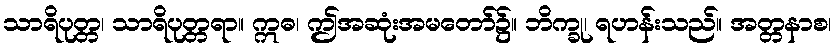
သာရိပုတ္တ၊ သာရိပုတ္တရာ။ ဣဓ၊ ဤအဆုံးအမတော်၌။ ဘိက္ခု၊ ရဟန်းသည်။ အတ္တနာစ၊